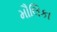
મૌલિકા